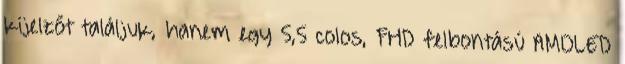
kijelzőt találjuk, hanem egy 5,5 colos, FHD felbontású AMOLED